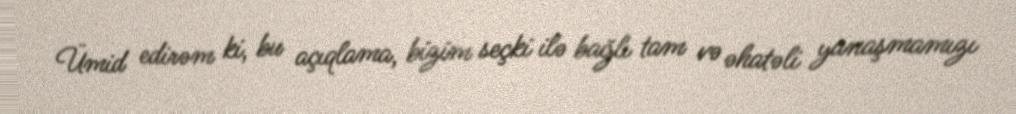
Ümid edirəm ki, bu açıqlama, bizim seçki ilə bağlı tam və əhatəli yanaşmamızı